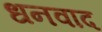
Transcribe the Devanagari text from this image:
धनवाद